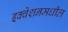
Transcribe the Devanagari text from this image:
इक्वेशनमधील